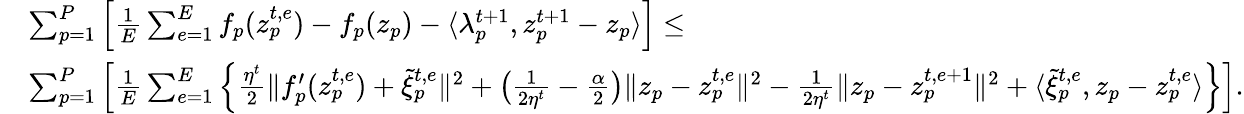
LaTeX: \begin{array}{rl}&{\sum_{p=1}^{P}\Big[\frac{1}{E}\sum_{e=1}^{E}f_{p}(z_{p}^{t,e})-f_{p}(z_{p})-\langle\lambda_{p}^{t+1},z_{p}^{t+1}-z_{p}\rangle\Big]\leq}\\ &{\sum_{p=1}^{P}\Big[\frac{1}{E}\sum_{e=1}^{E}\Big\{ \frac{\eta^{t}}{2}\| f_{p}^{\prime}(z_{p}^{t,e})+\tilde{\xi}_{p}^{t,e}\| ^{2}+\big(\frac{1}{2\eta^{t}}-\frac{\alpha}{2}\big)\| z_{p}-z_{p}^{t,e}\| ^{2}-\frac{1}{2\eta^{t}}\| z_{p}-z_{p}^{t,e+1}\| ^{2}+\langle\tilde{\xi}_{p}^{t,e},z_{p}-z_{p}^{t,e}\rangle\Big\} \Big].}\end{array}